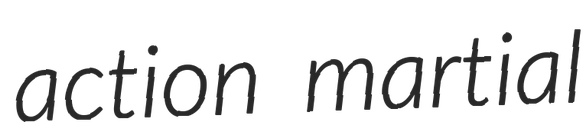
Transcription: action martial